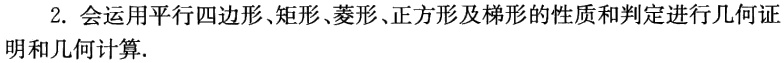
2. 会运用平行四边形、矩形、菱形、正方形及梯形的性质和判定进行几何证明和几何计算.